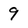
Character: 9